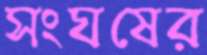
সংঘষের